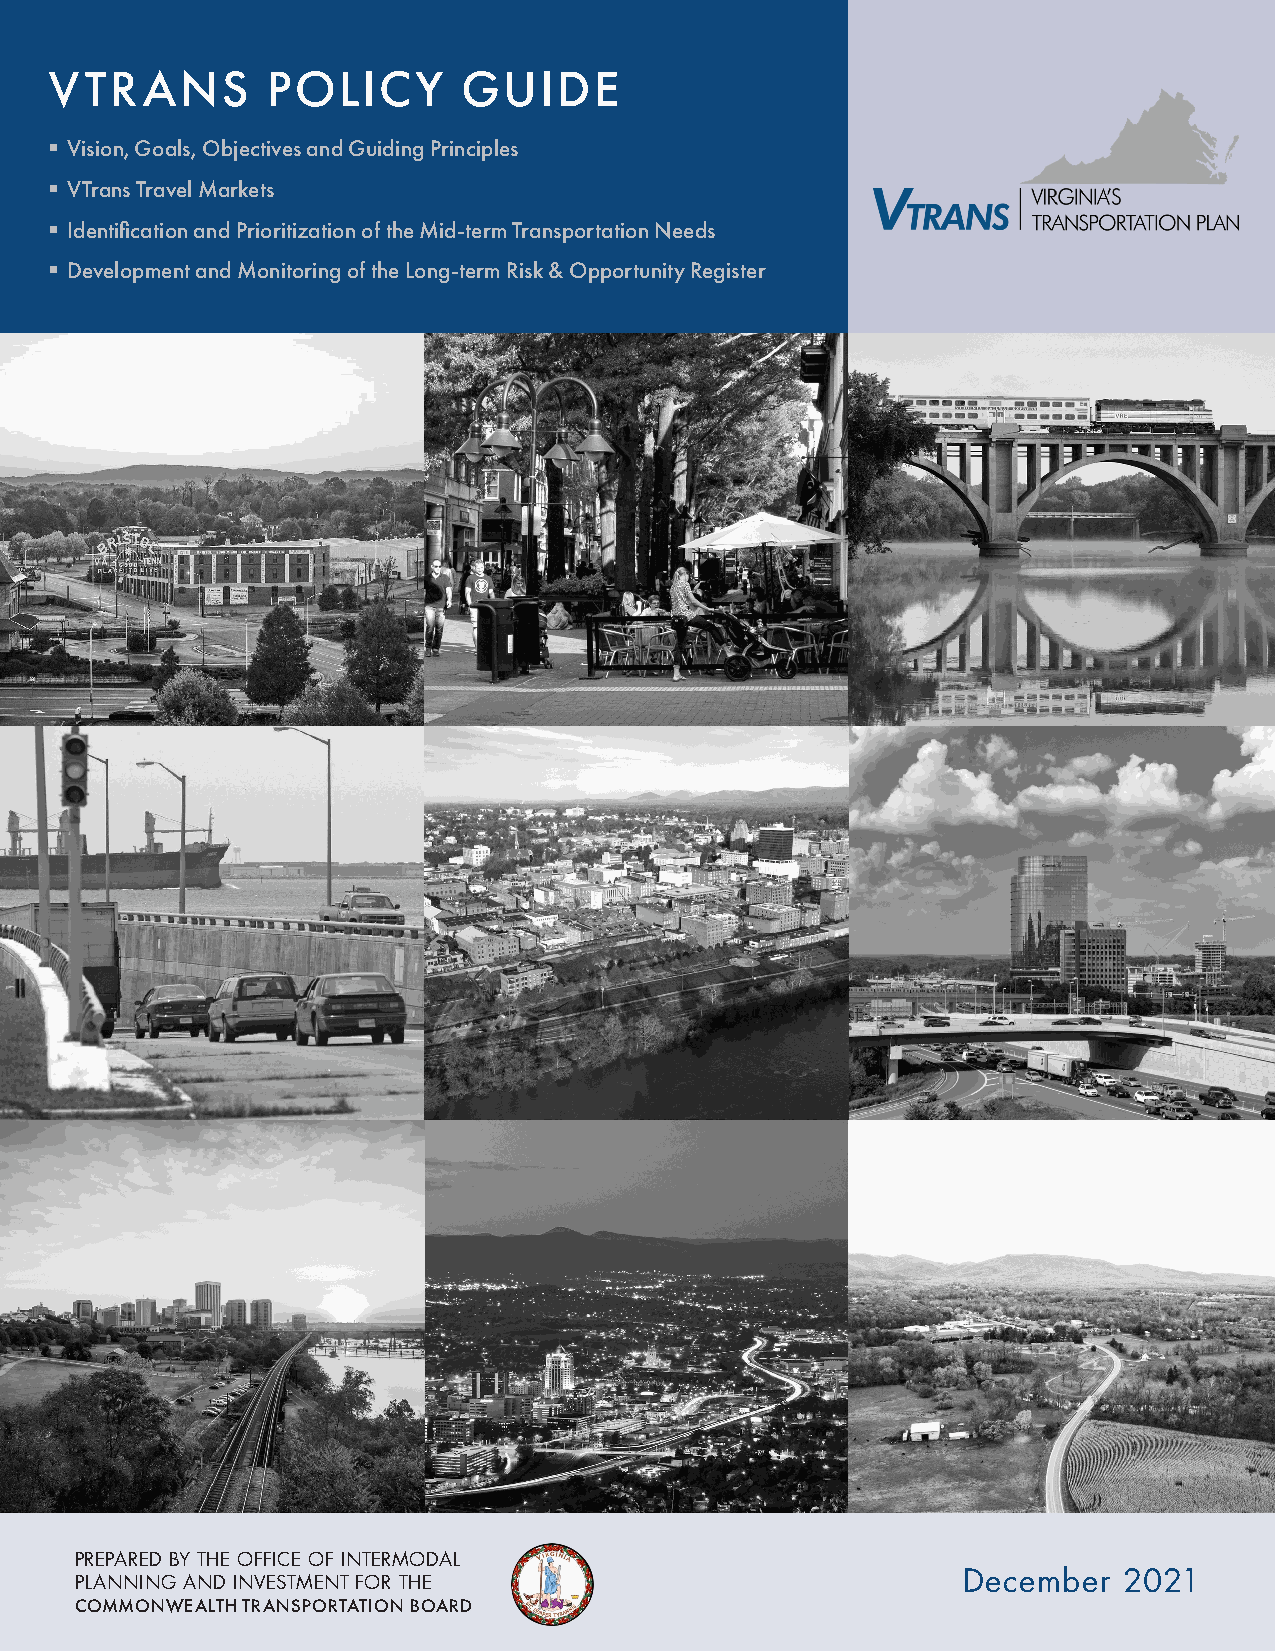
VTRANS         POLICY       GUIDEand
 § Vision, Goals, Objectives and Guiding Principles
 § VTrans Travel Markets
 § Identification and Prioritization of the Mid-term Transportation Needs
 § Development and Monitoring of the Long-term Risk & Opportunity Register
 PREPARED BY THE OFFICE OF INTERMODAL
 PLANNING AND INVESTMENT FOR THE                            December  2021
 VTrans Policy Guide                                1
 COMMONWEALTH TRANSPORTATION BOARD